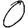
Digit: 0